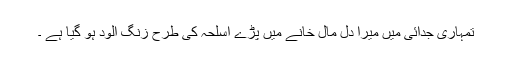
تمہاری جدائی میں میرا دل مال خانے میں پڑے اسلحہ کی طرح زنگ الود ہو گیا ہے ۔